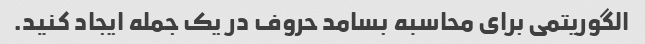
الگوریتمی برای محاسبه بسامد حروف در یک جمله ایجاد کنید.